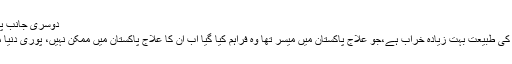
دوسری جانب پاکستان مسلم لیگ (ن) کی مرکزی رہنما مریم نواز کا کہنا ہے
کہ ڈیل کی باتیں کرنے والوں کو شرم آنی چاہیے، نواز شریف کی طبیعت بہت زیادہ خراب ہے،جو علاج پاکستان میں میسر تھا وہ فراہم کیا گیا اب ان کا علاج پاکستان میں ممکن نہیں، پوری دنیا میں جہاں بھی ان کا علاج ممکن ہے انہیں ضرور جانا چاہیے۔